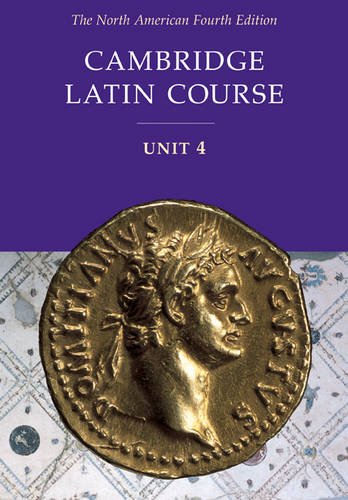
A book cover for Cambridge Latin Course Unit 4 Student Text North American edition (North American Cambridge Latin Course); North American Cambridge Classics Project; Teen & Young Adult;